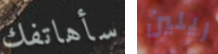
سأهاتفك ريلين